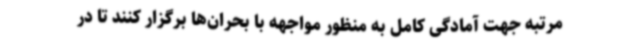
مرتبه جهت آمادگی کامل به منظور مواجهه با بحران‌ها برگزار کنند تا در